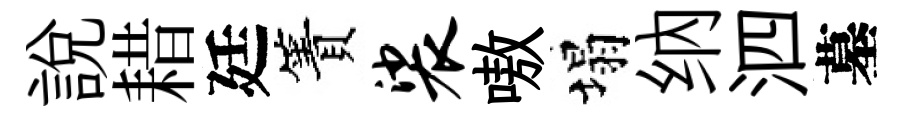
說耤廷簀裟嗷塌纳泗墓